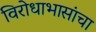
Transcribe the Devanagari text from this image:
विरोधाभासांचा